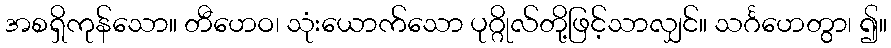
အစရှိကုန်သော။ တီဟေဝ၊ သုံးယောက်သော ပုဂ္ဂိုလ်တို့ဖြင့်သာလျှင်။ သင်္ဂဟေတွာ၊ ၍။